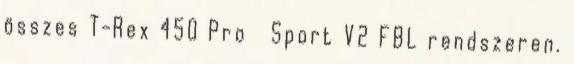
összes T-Rex 450 Pro Sport V2 FBL rendszeren.